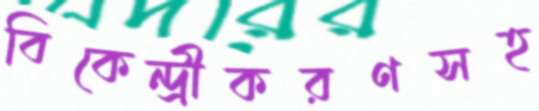
বিকেন্দ্রীকরণসহ